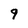
Character: 9